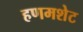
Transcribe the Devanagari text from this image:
हणमशेट